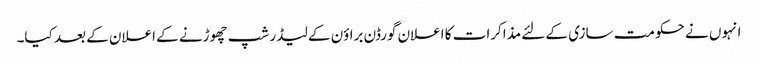
انہوں نے حکومت سازی کے لئے مذاکرات کا اعلان گورڈن براؤن کے لیڈر شپ چھوڑنے کے اعلان کے بعد کیا۔